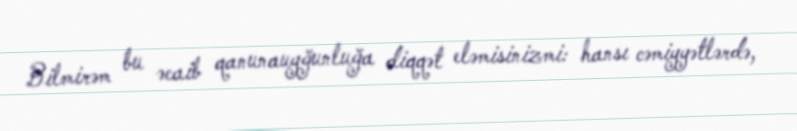
Bilmirəm bu əcaib qanunauyğunluğa diqqət eləmisinizmi: hansı cəmiyyətlərdə,